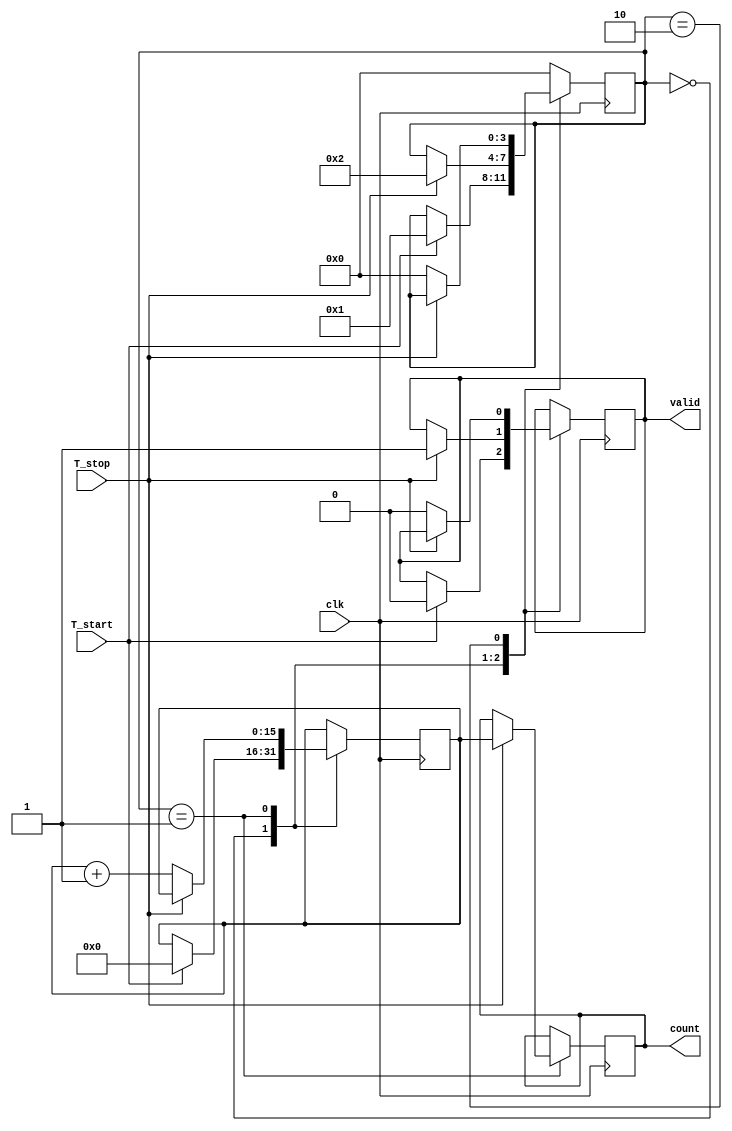
module TDC (
    input wire clk,          // System clock
    input wire T_start,     // Start signal
    input wire T_stop,      // Stop signal
    output reg [15:0] count, // 16-bit output count
    output reg valid        // Valid output signal
);

    // Parameters
    parameter DELAY_STAGES = 16; // Number of delay stages
    parameter DELAY_UNIT = 1;     // Delay unit (can be adjusted based on technology)

    // Internal signals
    reg [DELAY_STAGES-1:0] delay_line; // Delay line
    reg [3:0] state;                   // State for control logic
    reg counting;                      // Counting flag
    reg [15:0] counter;                // Counter for delay stages

    // State encoding
    localparam IDLE = 3'b000,
               COUNTING = 3'b001,
               STOPPED = 3'b010;

    // Delay line generation (simple shift register for demonstration)
    always @(posedge clk) begin
        if (counting) begin
            delay_line <= {delay_line[DELAY_STAGES-2:0], 1'b1}; // Shift in a new delay
        end else begin
            delay_line <= 0; // Reset delay line
        end
    end

    // Control logic and counting
    always @(posedge clk) begin
        case (state)
            IDLE: begin
                if (T_start) begin
                    state <= COUNTING;
                    counting <= 1;
                    counter <= 0;
                    valid <= 0;
                end
            end

            COUNTING: begin
                if (T_stop) begin
                    state <= STOPPED;
                    counting <= 0;
                    count <= counter; // Output the count
                    valid <= 1;       // Indicate valid output
                end else begin
                    counter <= counter + 1; // Increment counter
                end
            end

            STOPPED: begin
                if (!T_stop) begin
                    state <= IDLE; // Go back to idle state
                    valid <= 0;    // Reset valid signal
                end
            end

            default: state <= IDLE; // Default to idle state
        endcase
    end

endmodule